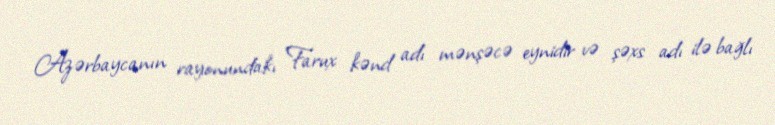
Azərbaycanın rayonundakı Farux kənd adı mənşəcə eynidir və şəxs adı ilə bağlı